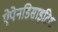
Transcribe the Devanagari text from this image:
ऐपेनडिसाइटिश